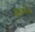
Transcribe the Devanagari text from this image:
क्षहरातवंश